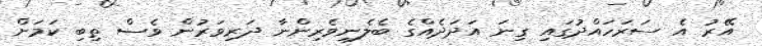
އޭރު އެ ސަރަހައްދުގައި ގިނަ އަދަދެއްގެ ބެލެނިވެރިންނާ ދަރިވަރުން ވެސް ތިބި ކަމަށް